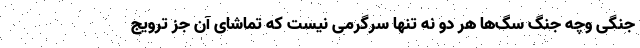
جنگی وچه جنگ سگ‌ها هر دو نه تنها سرگرمی نیست که تماشای آن جز ترویج